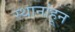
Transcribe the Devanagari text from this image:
स्थानांहून